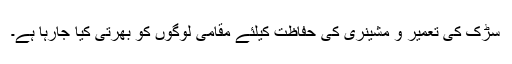
سڑک کی تعمیر و مشینری کی حفاظت کیلئے مقامی لوگوں کو بھرتی کیا جارہا ہے۔